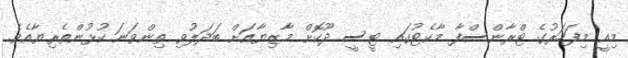
މިއީ މިފަހަރުގެ ޓްރާންސްފާ މާކެޓުގައި ޓީސީ ދޫކޮށް މާޒިޔާއަށް ބަދަލުވި ތިންވަނަ ކުޅުންތެރިޔާއެވެ.